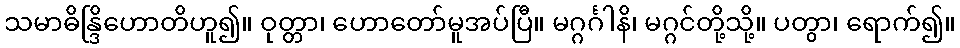
သမာဓိန္ဒြိဟောတိဟူ၍။ ဝုတ္တာ၊ ဟောတော်မူအပ်ပြီ။ မဂ္ဂင်္ဂါနိ၊ မဂ္ဂင်တို့သို့။ ပတွာ၊ ရောက်၍။